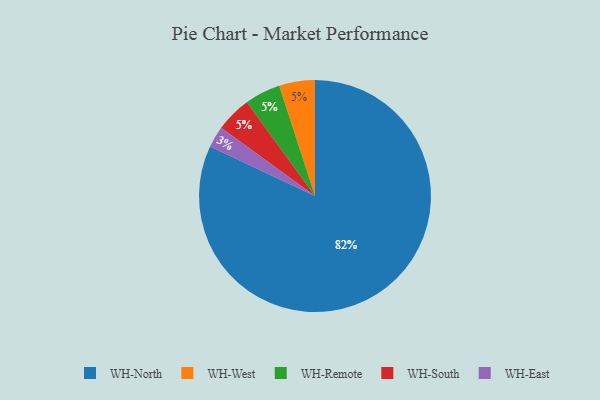
{"axis": {"x": "Category", "y": "Percentage"}, "legend": ["WH-East", "WH-North", "WH-Remote", "WH-South", "WH-West"], "data": [{"x": "WH-West", "y": 5, "type": "WH-West"}, {"x": "WH-Remote", "y": 5, "type": "WH-Remote"}, {"x": "WH-South", "y": 5, "type": "WH-South"}, {"x": "WH-East", "y": 3, "type": "WH-East"}, {"x": "WH-North", "y": 82, "type": "WH-North"}]}